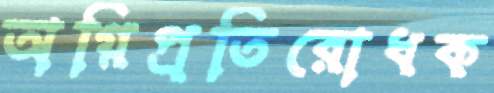
অগ্নিপ্রতিরোধক